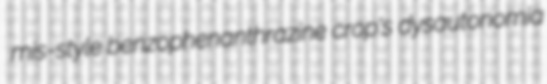
mis-style benzophenanthrazine crop's dysautonomia